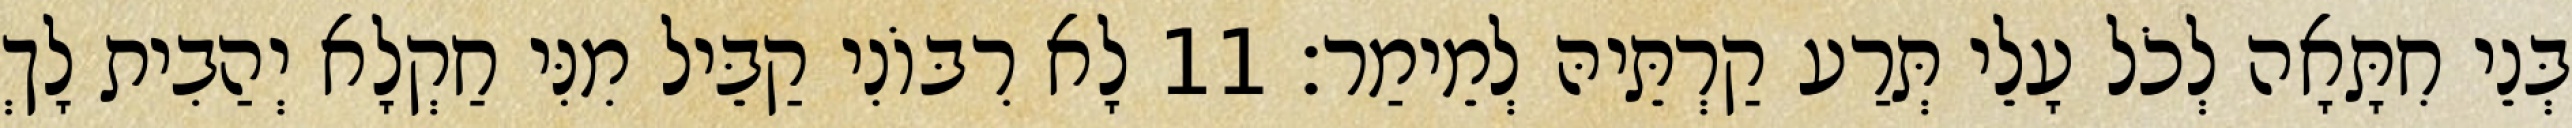
בְּנֵי חִתָּאָה לְכֹל עָלֵי תְּרַע קַרְתֵּיהּ לְמֵימַר׃ 11 לָא רִבּוֹנִי קַבֵּיל מִנִּי חַקְלָא יְהַבִית לָךְ